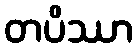
တပိဿာ